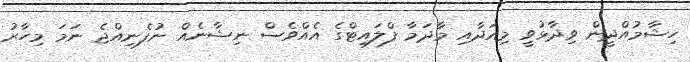
ހިޝާމުއްދީން ވިދާޅުވީ މިއަދާއި މާދަމާ ފްލައިޓްގެ އެއްވެސް ނިޝާނެއް ނުފެނިއްޖެ ނަމަ މިހާރު